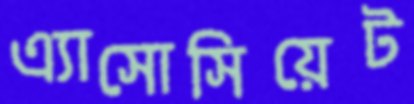
এ্যাসোসিয়েট